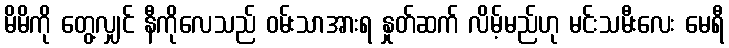
မိမိကို တွေ့လျှင် နီကိုလေသည် ဝမ်းသာအားရ နှုတ်ဆက် လိမ့်မည်ဟု မင်းသမီးလေး မေရီ